Annual report of the Imperial Bacteriologist
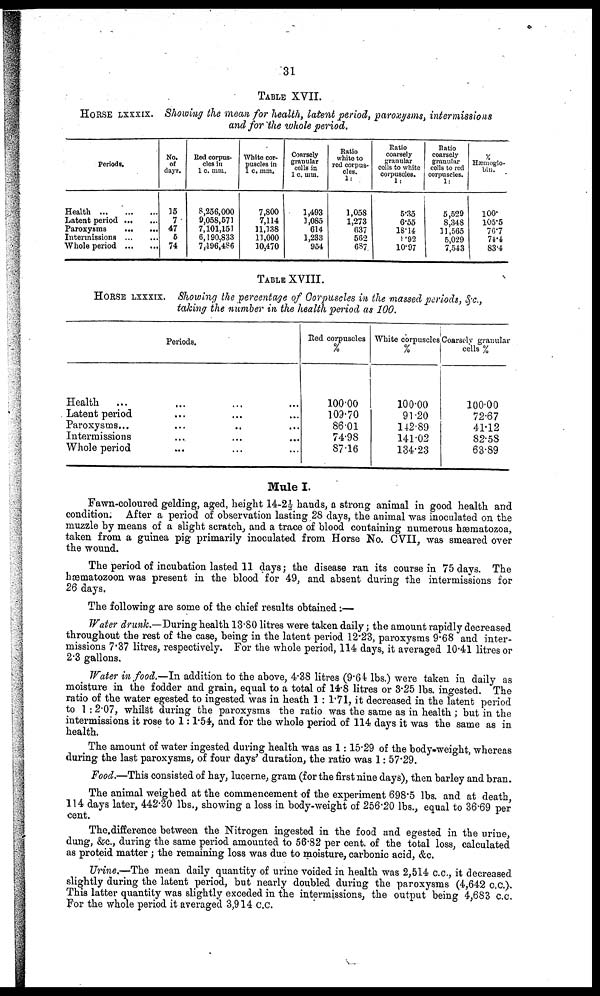
31
TABLE XVII.
HORSE LXXXIX. Showing the mean for health, latent period, paroxysms, intermissions
and for the whole period.
Periods.
Health
Latent period
Paroxysms
...
...
Intermissions
Whole period
No.
of
days.
15
7
47
5
74
Red corpus-
cles in
1 c. mm.
8,256,000
9,058,571
7,101,151
6,190,833
7,196,486
White cor-
puscles in
1 c. mm.
7,800
7,114
11,138
11,000
10,470
Coarsely
granular
cells in
1 c. mm.
1,493
1,085
614
1,233
954
Ratio
white to
red corpus-
cles.
1:
1,058
1,273
637
562
687
Ratio
coarsely
granular
cells to white
corpuscles.
1:
5.35
6.55
18.14
8.92
10.97
Ratio
coarsely
granular
cells to red
corpuscles.
1:
5,529
8,348
11,565
5,029
7,543
%
Hæmoglo-
bin.
100.
105.5
76.7
74.4
83.4
TABLE XVIII.
HORSE LXXXIX. Showing the percentage of Corpuscles in the massed periods, &c.,
taking the number in the health period as 100.
Periods.
Health
Latent period
Paroxysms...
Intermissions
Whole period
Red corpuscles
%
100.00
109.70
86.01
74.98
87.16
White corpuscles Coarsely granular
cells %
100.00
91.20
142.89
141.02
134.23
100.00
72.67
41.12
82.58
63.89
Mule I.
Fawn-coloured gelding, aged, height 14-2½ hands, a strong animal in good health and
condition. After a period of observation lasting 28 days, the animal was inoculated on the
muzzle by means of a slight scratch, and a trace of blood containing numerous hæmatozoa,
taken from a guinea pig primarily inoculated from Horse No. CVII, was smeared over
the wound.
The period of incubation lasted 11 days; the disease ran its course in 75 days. The
hæmatozoon was present in the blood for 49, and absent during the intermissions for
26 days.
The following are some of the chief results obtained:—
Water drunk.—During health 13.80 litres were taken daily; the amount rapidly decreased
throughout the rest of the case, being in the latent period 12.23, paroxysms 9.68 and inter-
missions 7.37 litres, respectively. For the whole period, 114 days, it averaged 10.41 litres or
2.3 gallons.
Water in food.—In addition to the above, 4.38 litres (9.64 lbs.) were taken in daily as
moisture in the fodder and grain, equal to a total of 14.8 litres or 3.25 lbs. ingested. The
ratio of the water egested to ingested was in heath 1 : 1.71, it decreased in the latent period
to 1 : 2.07, whilst during the paroxysms the ratio was the same as in health ; but in the
intermissions it rose to 1:1.54, and for the whole period of 114 days it was the same as in
health.
The amount of water ingested during health was as 1:15.29 of the body-weight, whereas
during the last paroxysms, of four days' duration, the ratio was 1: 57.29.
Food.—This consisted of hay, lucerne, gram (for the first nine days), then barley and bran.
The animal weighed at the commencement of the experiment 698.5 lbs. and at death,
114 days later, 442.30 lbs., showing a loss in body-weight of 256.20 lbs., equal to 36.69 per
cent.
The difference between the Nitrogen ingested in the food and egested in the urine,
dung, &c., during the same period amounted to 56.82 per cent. of the total loss, calculated
as proteid matter ; the remaining loss was due to moisture, carbonic acid, &c.
Urine.—The mean daily quantity of urine voided in health was 2,514 c.c., it decreased
slightly during the latent period, but nearly doubled during the paroxysms (4,642 c.c.).
This latter quantity was slightly exceded in the intermissions, the output being 4,683 c.c.
For the whole period it averaged 3,914 c.c.